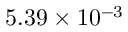
5 . 3 9 \times 1 0 ^ { - 3 }